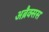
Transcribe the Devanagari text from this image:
अब्रैक्सस